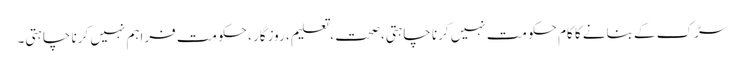
سڑک کے بنانے کا کام حکومت نہیں کرنا چاہتی،صحت ، تعلیم ، روزگار ، حکومت فراہم نہیں کرنا چاہتی۔